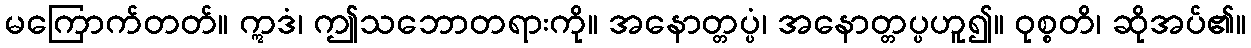
မကြောက်တတ်။ ဣဒံ၊ ဤသဘောတရားကို။ အနောတ္တပ္ပံ၊ အနောတ္တပ္ပဟူ၍။ ဝုစ္စတိ၊ ဆိုအပ်၏။